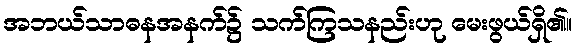
အဘယ်သာဓနအနက်၌ သက်ကြသနည်းဟု မေးဖွယ်ရှိ၏။